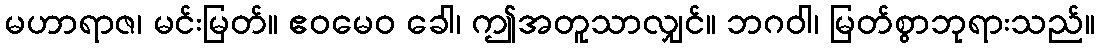
မဟာရာဇ၊ မင်းမြတ်။ ဧဝမေဝ ခေါ၊ ဤအတူသာလျှင်။ ဘဂဝါ၊ မြတ်စွာဘုရားသည်။